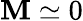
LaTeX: \mathbf{M}\simeq0